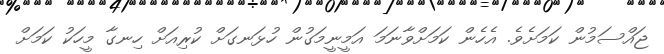
ޖައްސަމުން ކަމަށެވެ. އެހެން ކަމަށްވާނަމަ އަމީނީމަގުން ހުޅަނގަށް ކުރިއަށް ހިނގާ މީހަކު ކަމަށް